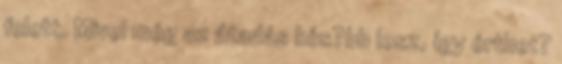
felett. Mivel még az átadás kés?bb lesz, így érthet?